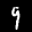
Label: 9